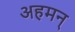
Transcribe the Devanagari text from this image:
अहमन्